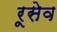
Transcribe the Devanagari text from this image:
रूसेव